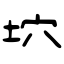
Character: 坹